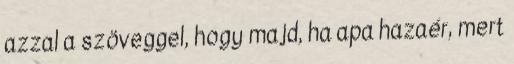
azzal a szöveggel, hogy majd, ha apa hazaér, mert